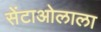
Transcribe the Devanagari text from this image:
सेंटाओलाला